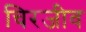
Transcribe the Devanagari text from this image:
चिरजीव